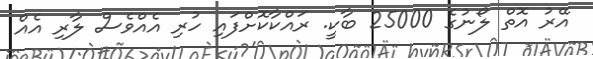
އޭރު އޮތް ލޯނުގެ 25000 ބާކީ. ރަައްކާކޮށްފަައި ހުރި އެއްވެސް ލާރި އެއް